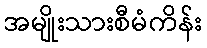
အမျိုးသားစီမံကိန်း